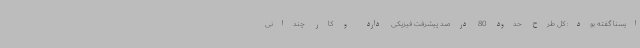
ایسنا گفته بود: کل طرح حدود 80 درصد پیشرفت فیزیکی دارد و کار چندانی